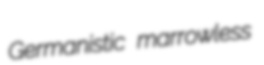
Germanistic marrowless